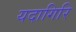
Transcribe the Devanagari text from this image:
यदागिरि